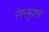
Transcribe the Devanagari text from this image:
रेगनबुक्स